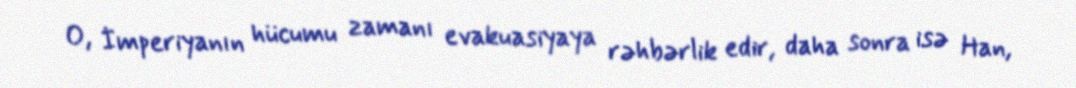
O, İmperiyanın hücumu zamanı evakuasiyaya rəhbərlik edir, daha sonra isə Han,